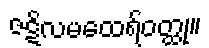
ဇဋိလမထေရ်ဝတ္ထု။